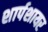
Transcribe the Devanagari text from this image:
शार्पशायर